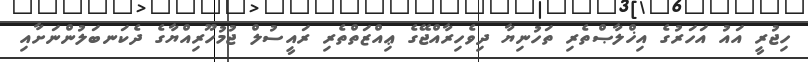
ހިޖުރީ އައު އަހަރުގެ އިޚްލާޞްތެރި ތަހުނިޔާ ދިވެހިރާއްޖޭގެ ޢިއްޒަތްތެރި ރައީސުލް ޖުމުހޫރިއްޔާގެ ދެކަނބަލުންނަށާއި